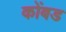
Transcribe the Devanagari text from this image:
कोंबड